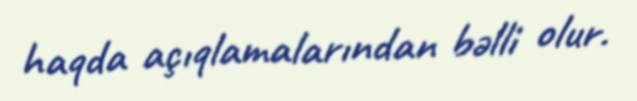
haqda açıqlamalarından bəlli olur.